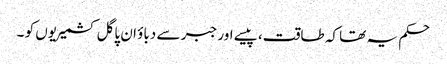
حکم یہ تھا کہ طاقت، پیسے اور جبر سے دباؤ ان پاگل کشمیریوں کو ۔